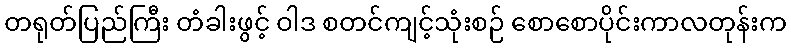
တရုတ်ပြည်ကြီး တံခါးဖွင့် ဝါဒ စတင်ကျင့်သုံးစဉ် စောစောပိုင်းကာလတုန်းက